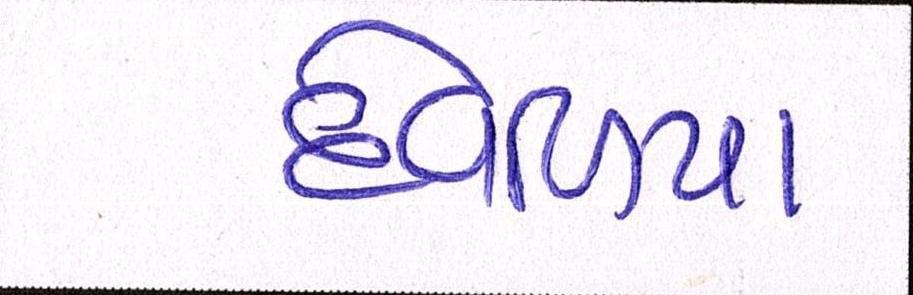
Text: દેવળિયા